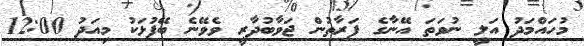
މުހައްމަދު އަލީ ނުވަތަ އޭނާގެ ފަރާތުން ޖަވާބުދާރީ ވެވޭނެ ބޭފުޅަކު މިއަދު 12:00